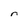
Character: n